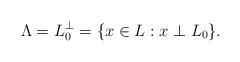
LaTeX: \begin{align*}\Lambda = L_0^\perp = \{ x\in L : x\perp L_0 \}.\end{align*}